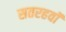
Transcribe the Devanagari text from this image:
सतरहवॉं